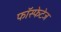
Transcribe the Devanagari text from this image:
फॉस्फेटेज